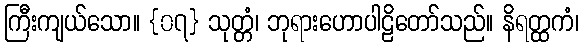
ကြီးကျယ်သော။ {၀၇} သုတ္တံ၊ ဘုရားဟောပါဠိတော်သည်။ နိရတ္ထကံ၊